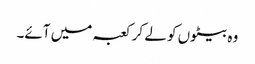
وہ بیٹوں کو لے کر کعبہ میں آئے۔